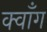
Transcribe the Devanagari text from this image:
क्वाँग